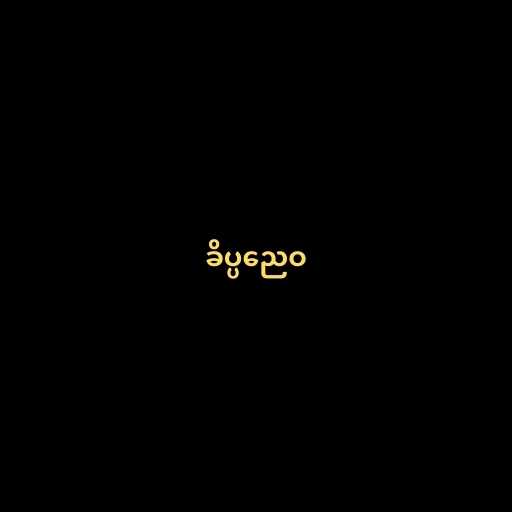
ခိပ္ပညေဝ